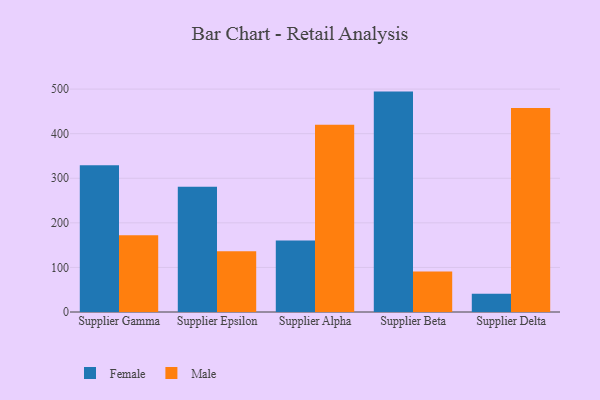
{"axis": {"x": "Supplier", "y": "Active Users"}, "legend": ["Female", "Male"], "data": [{"x": "Supplier Gamma", "y": 329.1, "type": "Female"}, {"x": "Supplier Gamma", "y": 172.3, "type": "Male"}, {"x": "Supplier Epsilon", "y": 280.9, "type": "Female"}, {"x": "Supplier Epsilon", "y": 136.0, "type": "Male"}, {"x": "Supplier Alpha", "y": 160.5, "type": "Female"}, {"x": "Supplier Alpha", "y": 420.0, "type": "Male"}, {"x": "Supplier Beta", "y": 494.4, "type": "Female"}, {"x": "Supplier Beta", "y": 91.0, "type": "Male"}, {"x": "Supplier Delta", "y": 40.8, "type": "Female"}, {"x": "Supplier Delta", "y": 457.8, "type": "Male"}]}